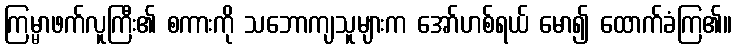
ကြမ္မာဖက်လူကြီး၏ စကားကို သဘောကျသူများက အော်ဟစ်ရယ် မော၍ ထောက်ခံကြ၏။